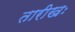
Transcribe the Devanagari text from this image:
तारीखः